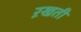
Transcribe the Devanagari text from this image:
ऱखती